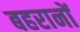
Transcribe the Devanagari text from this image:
बहरानों